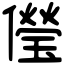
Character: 𠐓